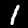
Label: 1